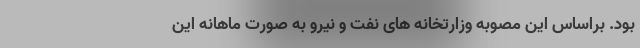
بود. براساس این مصوبه وزارتخانه های نفت و نیرو به صورت ماهانه این